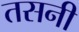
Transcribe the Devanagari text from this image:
तसनी